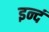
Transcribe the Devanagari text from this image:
इन्दं